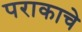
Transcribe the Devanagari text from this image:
पराकाचे